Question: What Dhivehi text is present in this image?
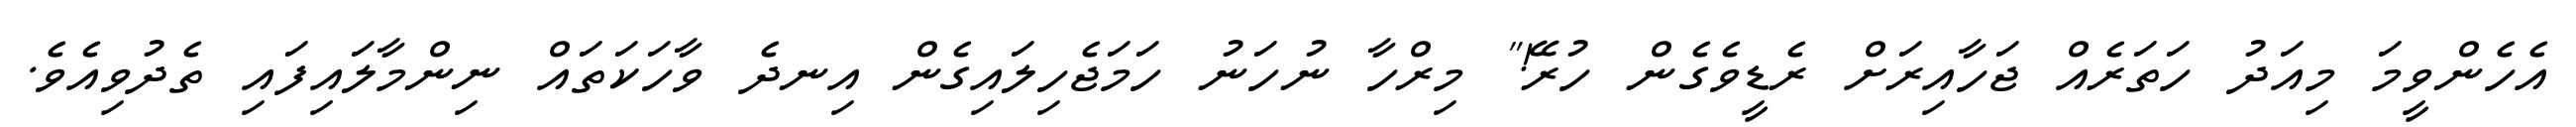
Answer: އެހެންވީމަ މިއަދު ހަތަރެއް ޖަހާއިރަށް ރެޑީވެގެން ހުރޭ!" މިރްހާ ނުހަނު ހަމަޖެހިލައިގެން އިނދެ ވާހަކަތައް ނިންމާލައިފައި ތެދުވިއެވެ.